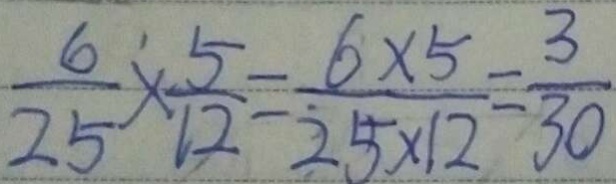
\frac { 6 } { 2 5 } \times \frac { 5 } { 1 2 } - \frac { 6 \times 5 } { 2 5 \times 1 2 } = \frac { 3 } { 3 0 }